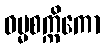
ဓမ္မစက္ကိကော